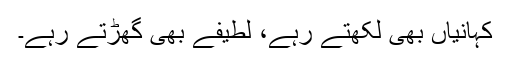
کہانیاں بھی لکھتے رہے، لطیفے بھی گھڑتے رہے۔